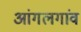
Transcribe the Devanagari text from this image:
आंगलगांव